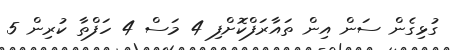
ގުޅިގެން ސަން އިން ތައާރަފްކޮށްފި 4 މަސް 4 ހަފްތާ ކުރިން 5